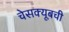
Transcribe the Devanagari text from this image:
चेसक्यूबची